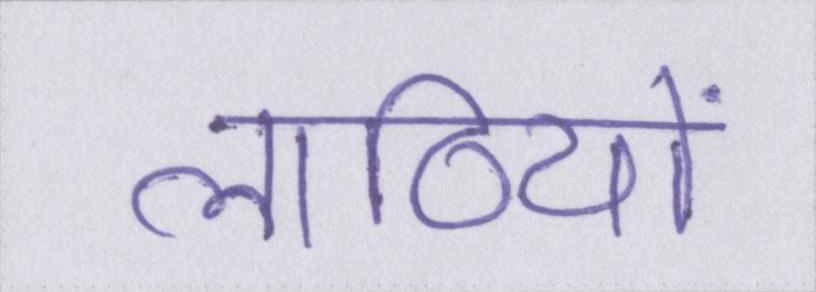
लाठियों